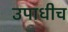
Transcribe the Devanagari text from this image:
उपाधीच